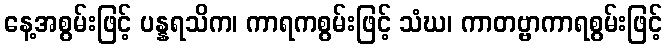
နေ့အစွမ်းဖြင့် ပန္နရသိက၊ ကာရကစွမ်းဖြင့် သံဃ၊ ကာတဗ္ဗာကာရစွမ်းဖြင့်